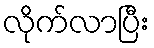
လိုက်လာပြီး